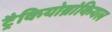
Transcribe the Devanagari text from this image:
ट्रैकियोब्रांकियल